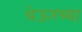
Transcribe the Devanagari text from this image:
थेऊरच्या